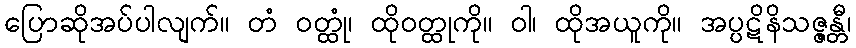
ပြောဆိုအပ်ပါလျက်။ တံ ဝတ္ထုံ၊ ထိုဝတ္ထုကို။ ဝါ၊ ထိုအယူကို။ အပ္ပဋိနိသဇ္ဇန္တီ၊